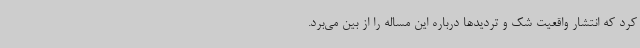
کرد که انتشار واقعیت شک و تردیدها درباره این مساله را از بین می‌برد.